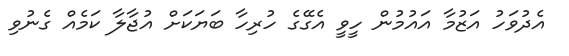
އެދުވަހު އަޒުމާ އައުމުން ހީވީ އެގޭގެ ހުރިހާ ބަޔަކަށް އުޖާލާ ކަމެއް ގެނުވި